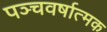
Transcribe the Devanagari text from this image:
पञ्चवर्षात्मक